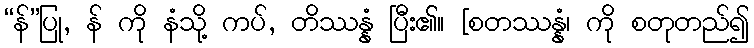
“န်”ပြု, န် ကို နံသို့ ကပ်, တိဿန္နံ ပြီး၏။ [စတဿန္နံ၊ ကို စတုတည်၍